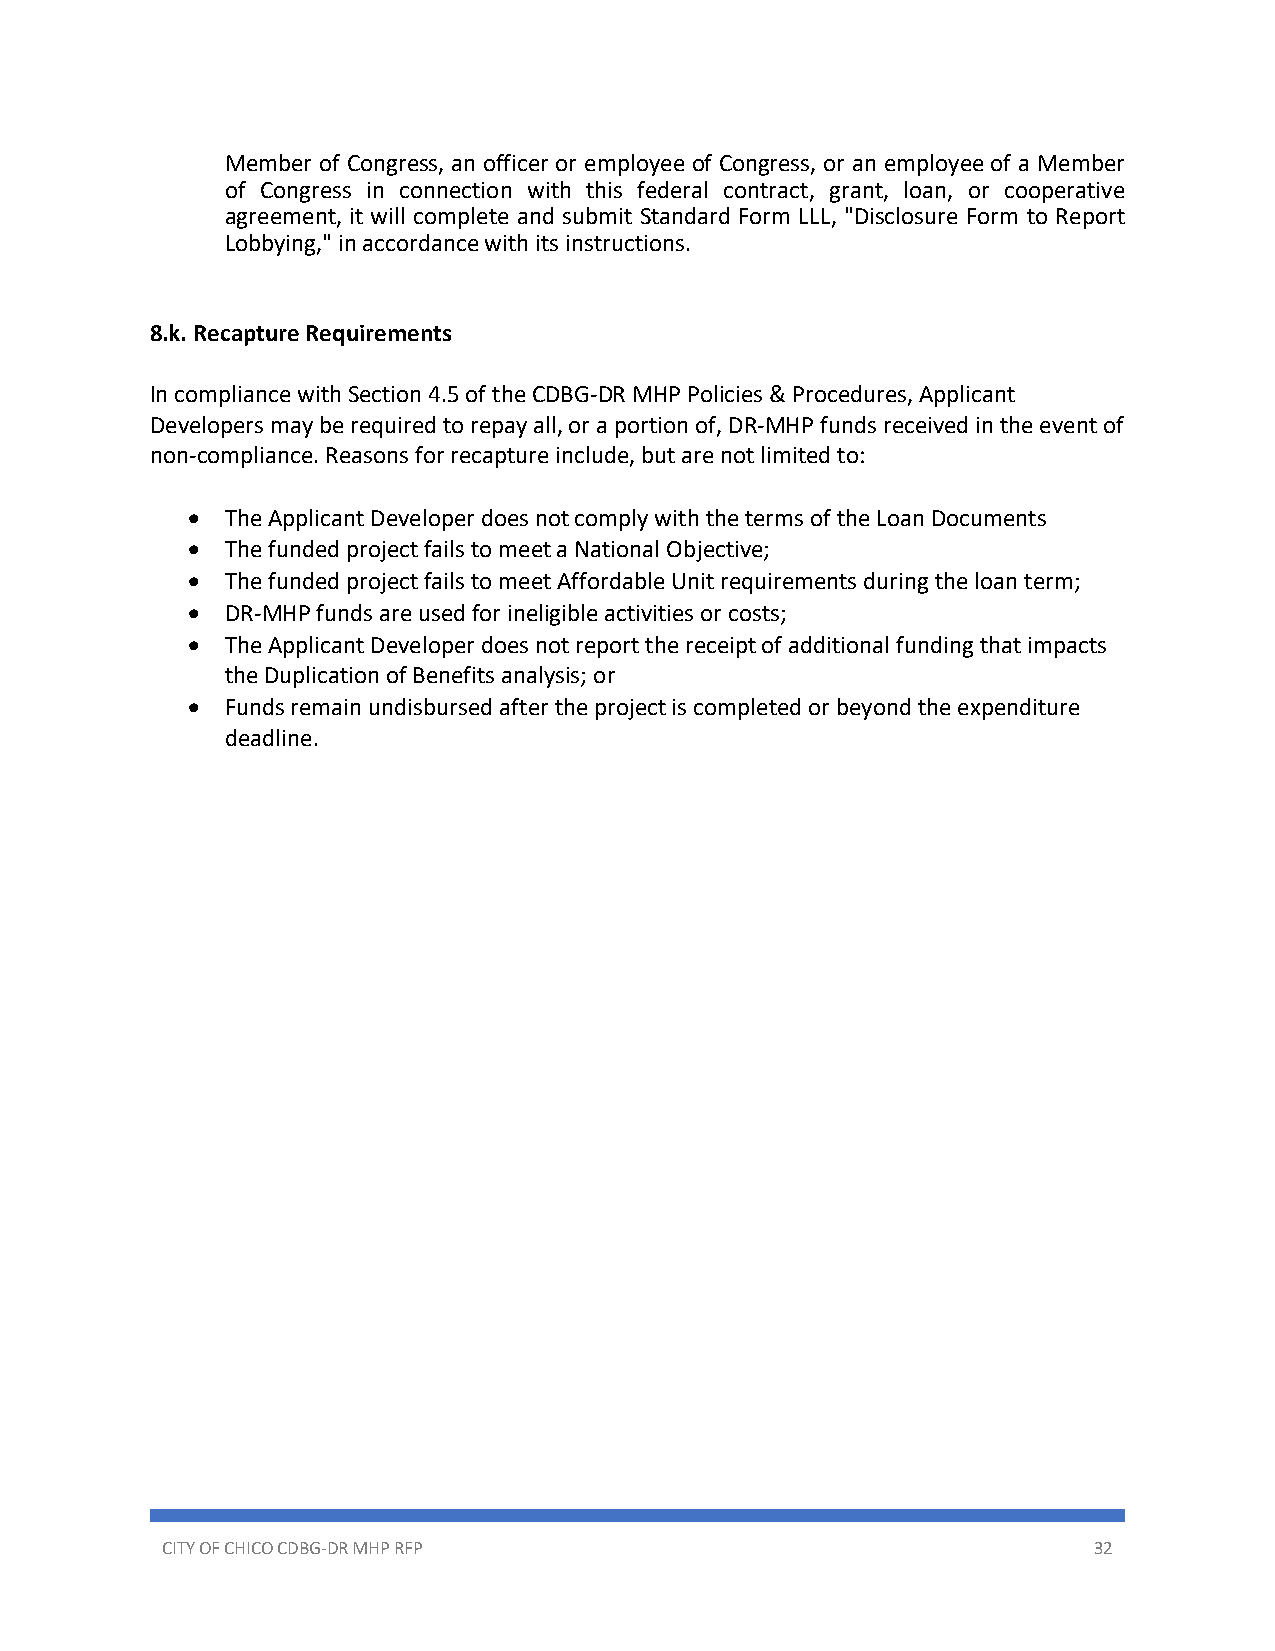
Member of Congress, an officer or employee of Congress, or an employee of a Member
 of Congress in connection with this federal contract, grant, loan, or cooperative
 agreement, it will complete and submit Standard Form LLL, "Disclosure Form to Report
 Lobbying," in accordance with its instructions.
 8.k. Recapture Requirements
 In compliance with Section 4.5 of the CDBG-DR MHP Policies & Procedures, Applicant
 Developers may be required to repay all, or a portion of, DR-MHP funds received in the event of
 non-compliance. Reasons for recapture include, but are not limited to:
 •  The Applicant Developer does not comply with the terms of the Loan Documents
 •  The funded project fails to meet a National Objective;
 •  The funded project fails to meet Affordable Unit requirements during the loan term;
 •  DR-MHP funds are used for ineligible activities or costs;
 •  The Applicant Developer does not report the receipt of additional funding that impacts
 the Duplication of Benefits analysis; or
 •  Funds remain undisbursed after the project is completed or beyond the expenditure
 deadline.
 CITY OF CHICO CDBG-DR MHP RFP                                32